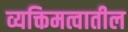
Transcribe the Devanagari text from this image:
व्यक्तिमत्वातील